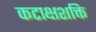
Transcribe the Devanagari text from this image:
कटाक्षशक्ति